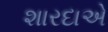
શારદાએ